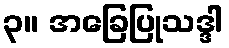
၃။ အခြေပြုသဒ္ဒါ